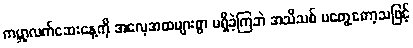
ကမ္ဘာ့လက်ဆေးနေ့ကို အလေ့အထများစွာ မရှိခဲ့ကြဘဲ အသိသစ် မတွေ့တော့သဖြင့်